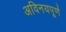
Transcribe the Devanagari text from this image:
अविनयपूर्ण